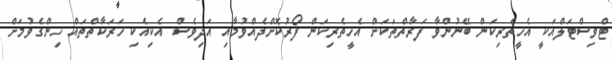
ޓްވިސްޓަލްއަކީ އެހީތެރިކަން ބޭނުންވާ ފަރާތްތަކަށް އެހީތެރިކަން ފޯރުކޮށްދެއްވުމާއި އަދިވެސް އެކިއެކި ހަަރަކާތްތައް ހިންގެވުމަށް